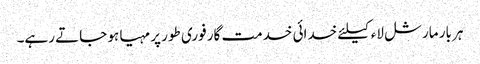
ہر بار مارشل لاء کیلئے خدائی خدمت گار فوری طور پر مہیا ہو جاتے رہے۔